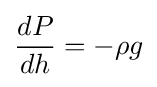
{\frac {dP}{dh}}=-\rho g